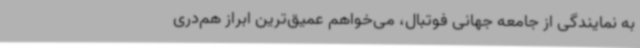
به نمایندگی از جامعه جهانی فوتبال، می‌خواهم عمیق‌ترین ابراز هم‌دری